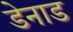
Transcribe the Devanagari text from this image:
डेनाड